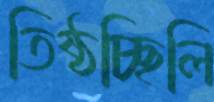
তিষ্ঠচ্ছিলি